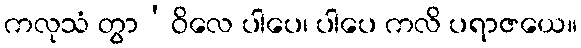
ကလုသံ တွာ’ဝိလေ ပါပေ၊ ပါပေ ကလိ ပရာဇယေ။